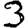
Digit: 3